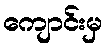
ကျောင်းမှ